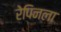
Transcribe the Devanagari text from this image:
रेपिनला